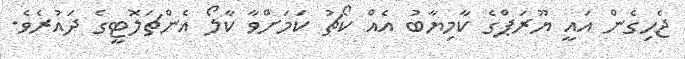
ޖެހިގެން އައީ ޔޫރަޕްގެ ކާމިޔާބު އެއް ކޯޗު ކަމަށްވާ ކާލޯ އެންޗަލޮޓީގެ ދައުރެވެ.